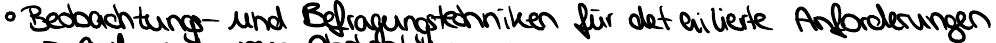
Beobachtungs- und Befragungstechniken für detailierte Anforderungen